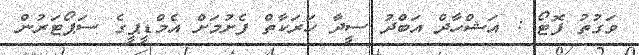
ވަގުތު ފޮޓޯ : އަޝްހާދް އަބްދު ސީދާ ހަރަކާތް ފެށުމަށް އެމްޑީޕީގެ ސަޕޯޓަރުން